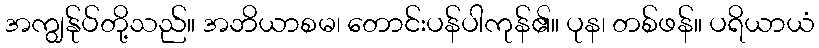
အကျွန်ုပ်တို့သည်။ အဘိယာစမ၊ တောင်းပန်ပါကုန်၏။ ပုန၊ တစ်ဖန်။ ပရိယာယံ